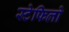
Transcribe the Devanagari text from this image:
स्टेफिलो